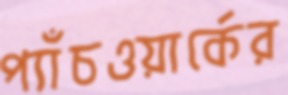
প্যাঁচওয়ার্কের